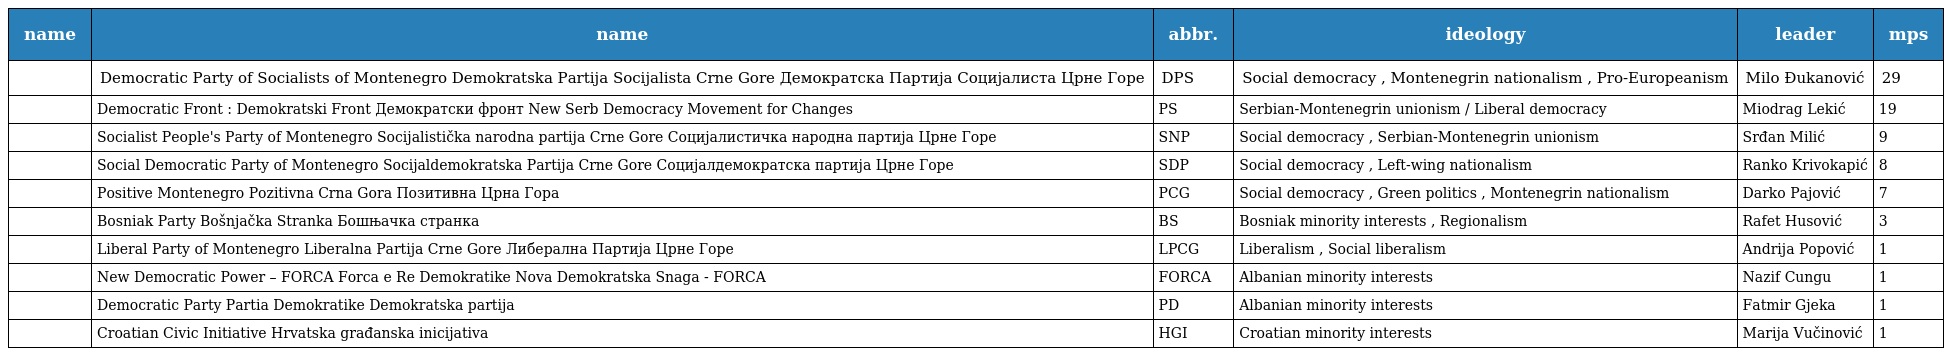
| name | name | abbr. | ideology | leader | mps |
 | --- | --- | --- | --- | --- | --- |
 |  | Democratic Party of Socialists of Montenegro Demokratska Partija Socijalista Crne Gore Демократска Партија Социјалиста Црне Горе | DPS | Social democracy , Montenegrin nationalism , Pro-Europeanism | Milo Đukanović | 29 |
 |  | Democratic Front : Demokratski Front Демократски фронт New Serb Democracy Movement for Changes | PS | Serbian-Montenegrin unionism / Liberal democracy | Miodrag Lekić | 19 |
 |  | Socialist People's Party of Montenegro Socijalistička narodna partija Crne Gore Социјалистичка народна партија Црне Горе | SNP | Social democracy , Serbian-Montenegrin unionism | Srđan Milić | 9 |
 |  | Social Democratic Party of Montenegro Socijaldemokratska Partija Crne Gore Социјалдемократска партија Црне Горе | SDP | Social democracy , Left-wing nationalism | Ranko Krivokapić | 8 |
 |  | Positive Montenegro Pozitivna Crna Gora Позитивна Црна Гора | PCG | Social democracy , Green politics , Montenegrin nationalism | Darko Pajović | 7 |
 |  | Bosniak Party Bošnjačka Stranka Бошњачка странка | BS | Bosniak minority interests , Regionalism | Rafet Husović | 3 |
 |  | Liberal Party of Montenegro Liberalna Partija Crne Gore Либерална Партија Црне Горе | LPCG | Liberalism , Social liberalism | Andrija Popović | 1 |
 |  | New Democratic Power – FORCA Forca e Re Demokratike Nova Demokratska Snaga - FORCA | FORCA | Albanian minority interests | Nazif Cungu | 1 |
 |  | Democratic Party Partia Demokratike Demokratska partija | PD | Albanian minority interests | Fatmir Gjeka | 1 |
 |  | Croatian Civic Initiative Hrvatska građanska inicijativa | HGI | Croatian minority interests | Marija Vučinović | 1 |